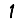
Digit: 1